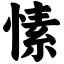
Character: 愫